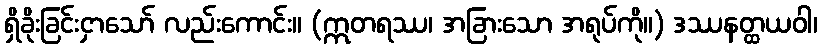
ရှိခိုးခြင်းငှာသော် လည်းကောင်း။ (ဣတရဿ၊ အခြားသော အရုပ်ကို။) ဒဿနတ္ထယဝါ၊